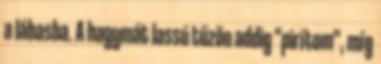
a lábasba. A hagymát lassú tűzön addig "pirítom", míg